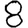
Digit: 8